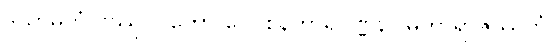
ဒသာဓိကံ ဝဿူပဂတော ဝေဝစနဟာရဝဏ္ဏနာ မဟာရာဇဿဟံ